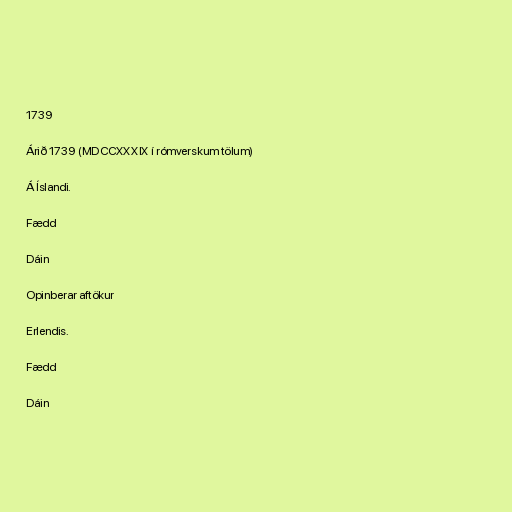
1739

Árið 1739 (MDCCXXXIX í rómverskum tölum)

Á Íslandi.

Fædd

Dáin

Opinberar aftökur

Erlendis.

Fædd

Dáin